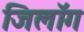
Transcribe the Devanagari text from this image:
जिलॉग